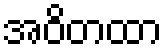
အဝိတထာ